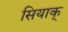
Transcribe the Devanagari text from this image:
सियाक्